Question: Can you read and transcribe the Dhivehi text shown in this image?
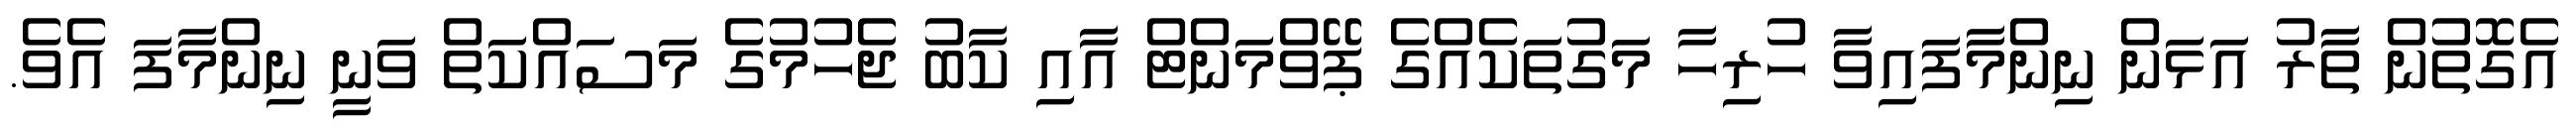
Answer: އެގޮތުން ތާރު އަޅަން ނިންމާފައިވާ ހުރިހާ މަގުތަކެއްގެ ޕޭވްމަންޓް އާއި ކާބު ޖެހުމުގެ މަސައްކަތް ވަނީ ނިންމާފަ އެވެ.